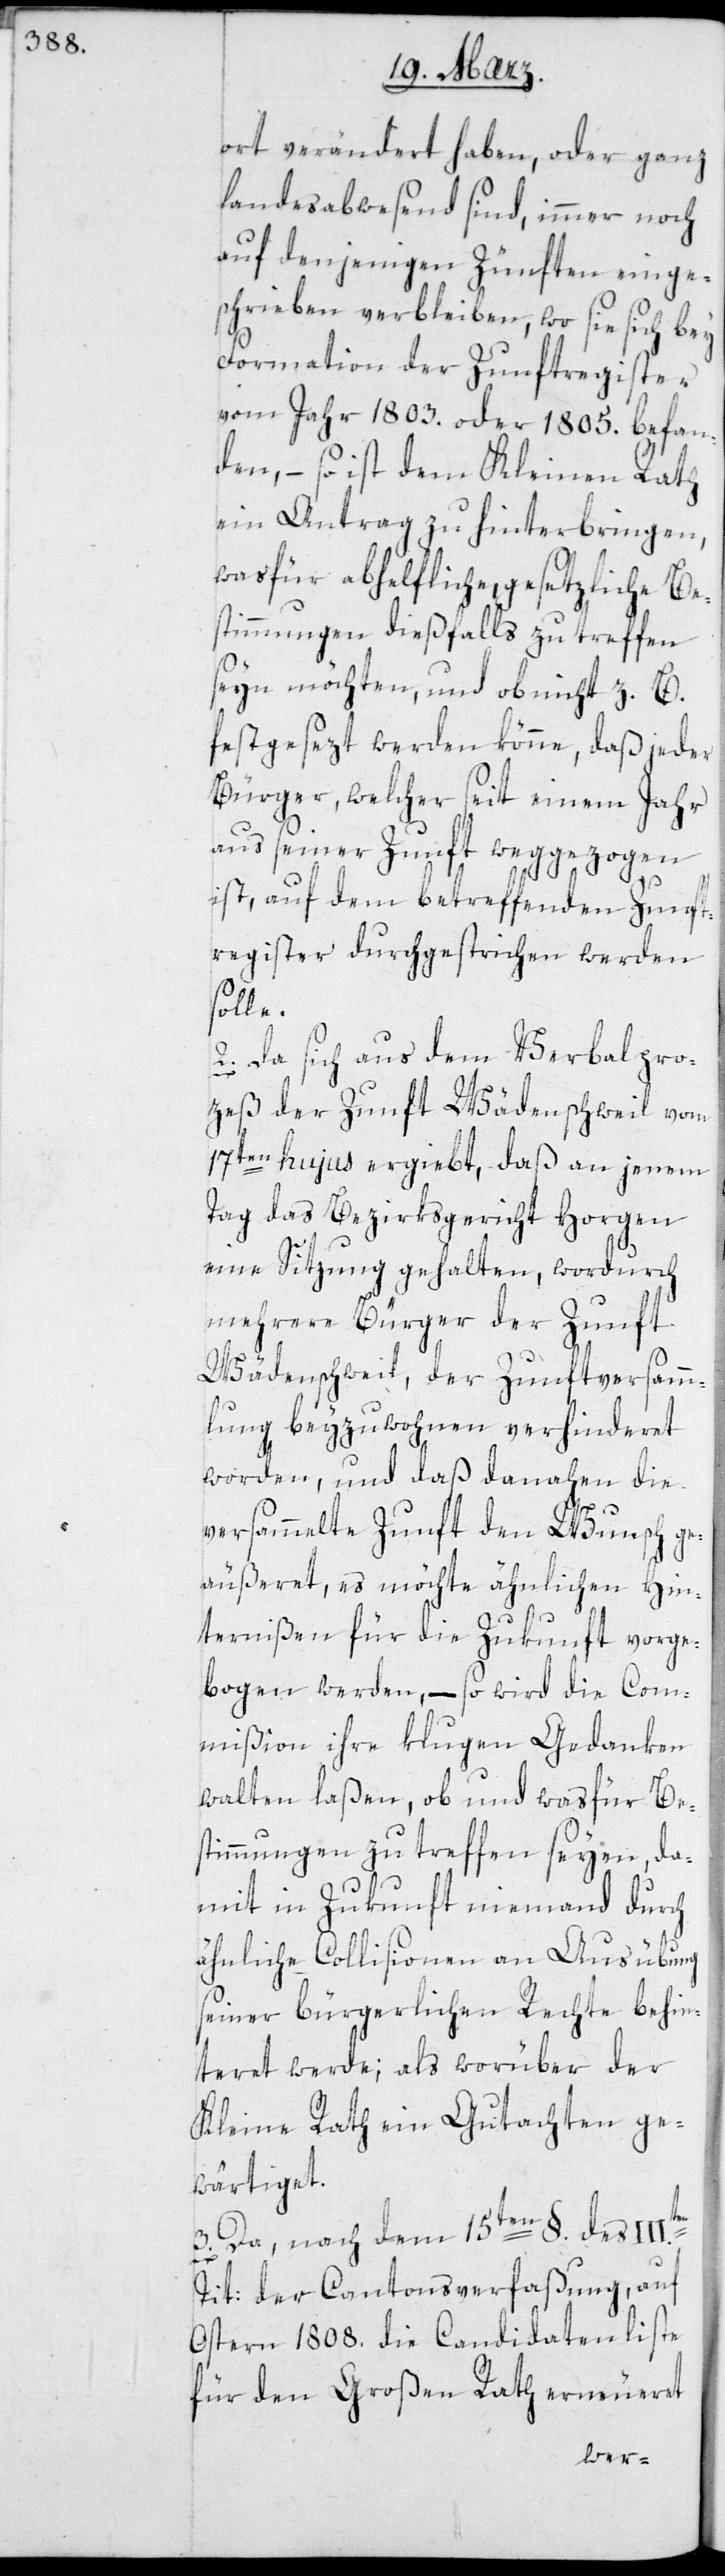
ort verändert haben oder ganz
landesabwesend sind, immer noch
auf denjenigen Zünften einge¬
schrieben verbleiben, wo sie sich bey
Formation der Zunftregister
vom Jahr 1803. oder 1805. befan¬
den, – so ist dem Kleinen Rath
ein Antrag zu hinterbringen,
was für abhelfliche, gesetzliche Be¬
stimmungen diesfalls zu treffen
sein möchten, und ob nicht z. B.
festgesezt werden könne, daß jeder
Bürger, welcher seit einem Jahr
aus seiner Zunft weggezogen
ist, auf dem betreffenden Zunft¬
register durchgestrichen werden
solle.
2. Da sich aus dem Verbalpro¬
zeß der Zunft Wädenschweil vom
17ten hujus ergibt, daß an jenem
Tag das Bezirksgericht Horgen
eine Sitzung gehalten, wordurch
mehrere Bürger der Zunft
Wädenschweil, der Zunftversamm¬
lung beizuwohnen verhinderet
worden, und daß danahen die
versammelte Zunft den Wunsch ge¬
äußeret, es möchten ähnlichen Hin¬
ternißen für die Zukunft vorge¬
bogen werden, – so wird die Com¬
mißion ihre klugen Gedanken
walten laßen, ob und was für Be¬
stimmungen zu treffen seyen, da¬
mit in Zukunft niemand durch
ähnliche Collisionen an Ausübung
seiner bürgerlichen Rechte behin¬
teret werde; als worüber der
Kleine Rath ein Gutachten ge¬
wärtiget.
3. Da nach dem 15ten §. des
Tit: der Cantonsverfaßung, auf
Ostern 1808. die Candidatenliste
für den Großen Rath erneueret